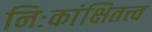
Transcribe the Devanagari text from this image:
निःकांक्षितत्त्व